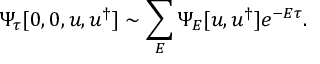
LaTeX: \Psi _ { \tau } [ 0 , 0 , u , u ^ { \dagger } ] \sim \sum _ { E } \Psi _ { E } [ u , u ^ { \dagger } ] e ^ { - E \tau } .